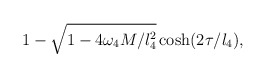
\begin{align*} {1-\sqrt{1-4\omega_4M/l_4^2}\cosh(2\tau/l_4)},\end{align*}